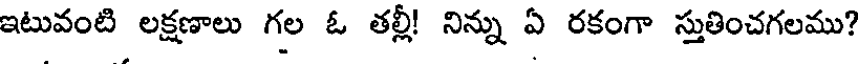
ఇటువంటి లక్షణాలు గల ఓ తల్లీ! నిన్ను ఏ రకంగా స్తుతించగలము?